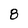
Character: 8